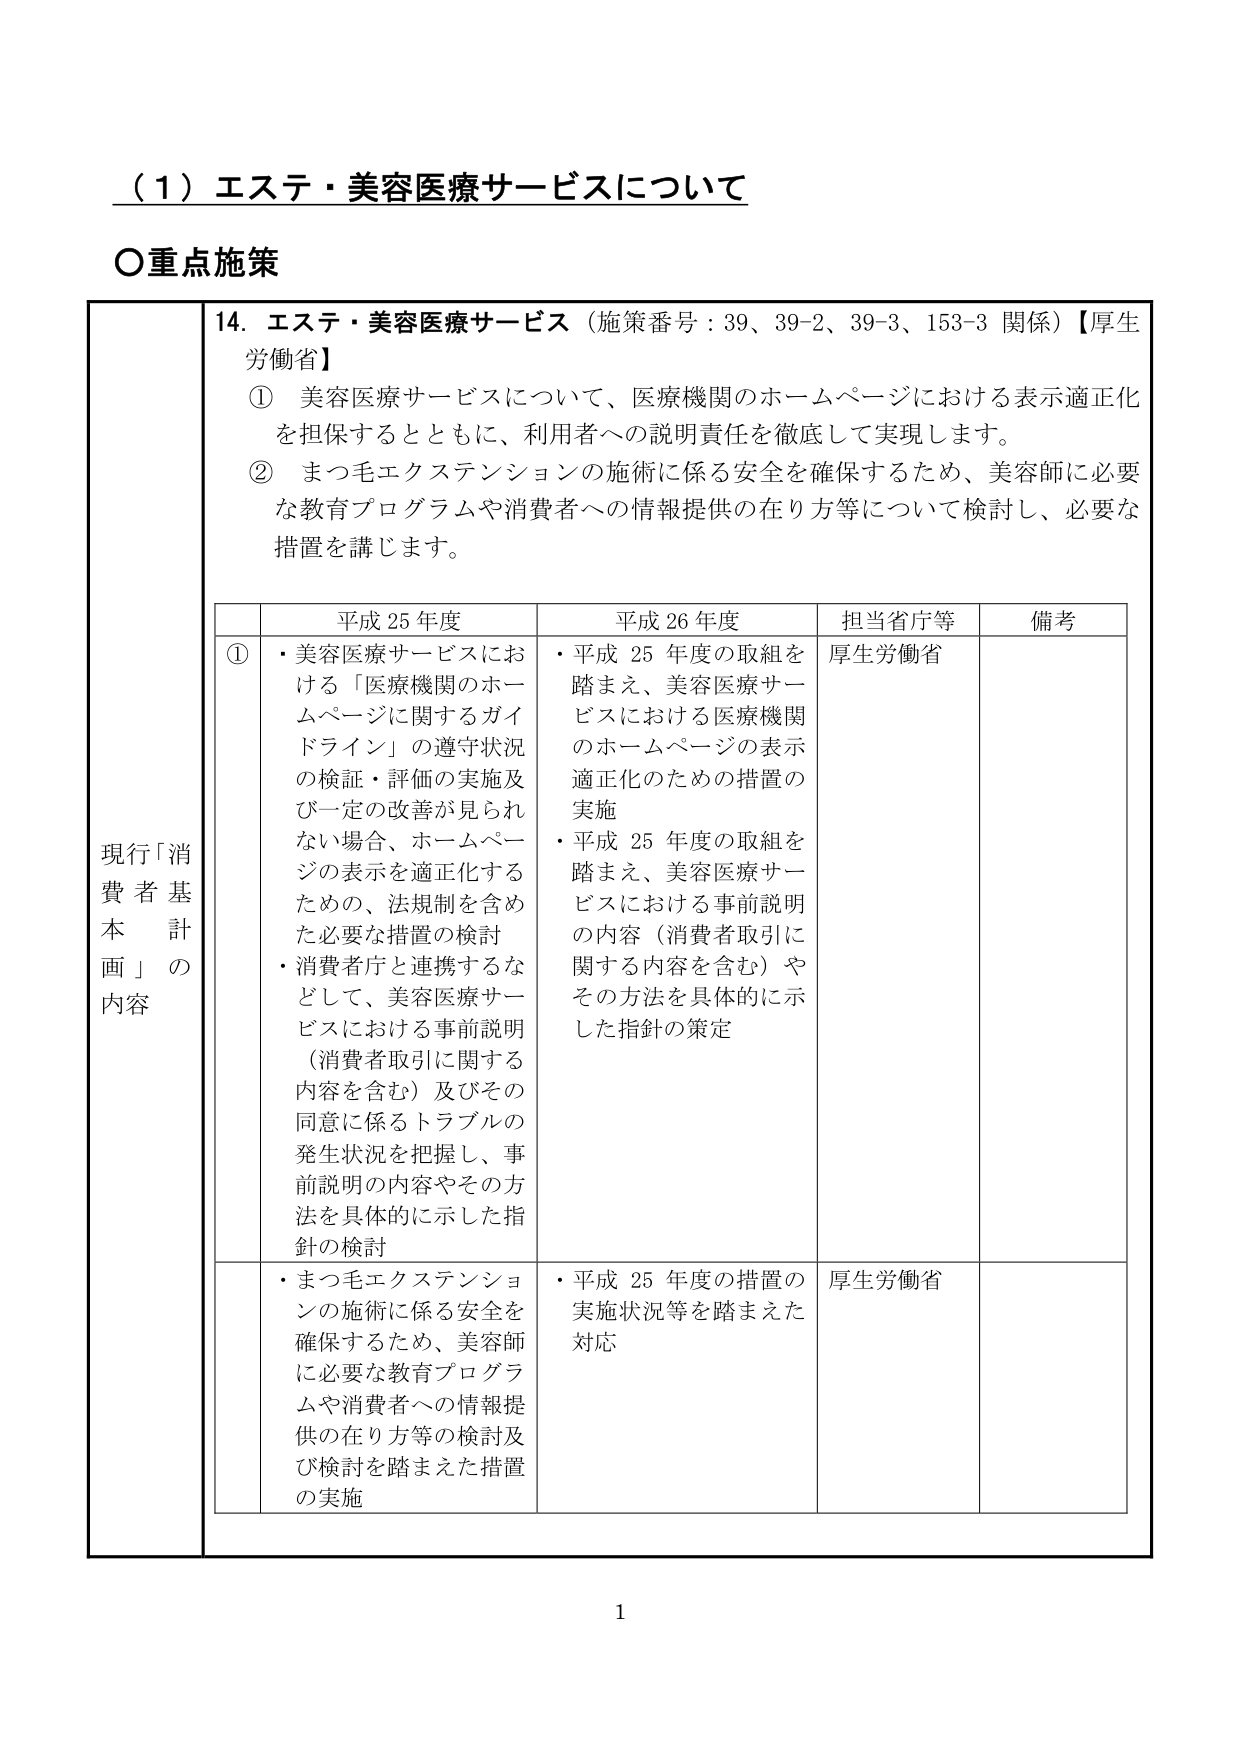
（１）エステ・美容医療サービスについて

○重点施策

14. エステ・美容医療サービス（施策番号：39、39-2、39-3、153-3 関係）【厚生労働省】
① 美容医療サービスについて、医療機関のホームページにおける表示適正化を担保するとともに、利用者への説明責任を徹底して実現します。
② まつ毛エクステンションの施術に係る安全を確保するため、美容師に必要な教育プログラムや消費者への情報提供の在り方等について検討し、必要な措置を講じます。

現行「消費者基本計画」の内容

| | 平成25年度 | 平成26年度 | 担当省庁等 | 備考 |
|---|---|---|---|---|
| ① | ・美容医療サービスにおける「医療機関のホームページに関するガイドライン」の遵守状況の検証・評価の実施及び一定の改善が見られない場合、ホームページの表示を適正化するための、法規制を含めた必要な措置の検討<br>・消費者庁と連携するなどして、美容医療サービスにおける事前説明（消費者取引に関する内容を含む）及びその同意に係るトラブルの発生状況を把握し、事前説明の内容やその方法を具体的に示した指針の検討 | ・平成25年度の取組を踏まえ、美容医療サービスにおける医療機関のホームページの表示適正化のための措置の実施<br>・平成25年度の取組を踏まえ、美容医療サービスにおける事前説明の内容（消費者取引に関する内容を含む）やその方法を具体的に示した指針の策定 | 厚生労働省 | |
| | ・まつ毛エクステンションの施術に係る安全を確保するため、美容師に必要な教育プログラムや消費者への情報提供の在り方等の検討及び検討を踏まえた措置の実施 | ・平成25年度の措置の実施状況等を踏まえた対応 | 厚生労働省 | |

1